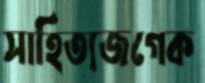
সাহিত্যজগেক